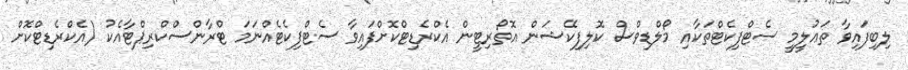
ލިބިފައިވާ ތަޢުލީމީ ސެޓްފިކެޓްތަކާއި މޯލްޑިވްސް ކޮލިފިކޭޝަން އޮތޯރިޓީން އެކްރެޑިޓްކޮށްފައިވާ ސެޓްފިކެޓެއްނަމަ ޓްރާންސްކްރިޕްޓާއެކު (އެކްރެޑިޓްކޮށް